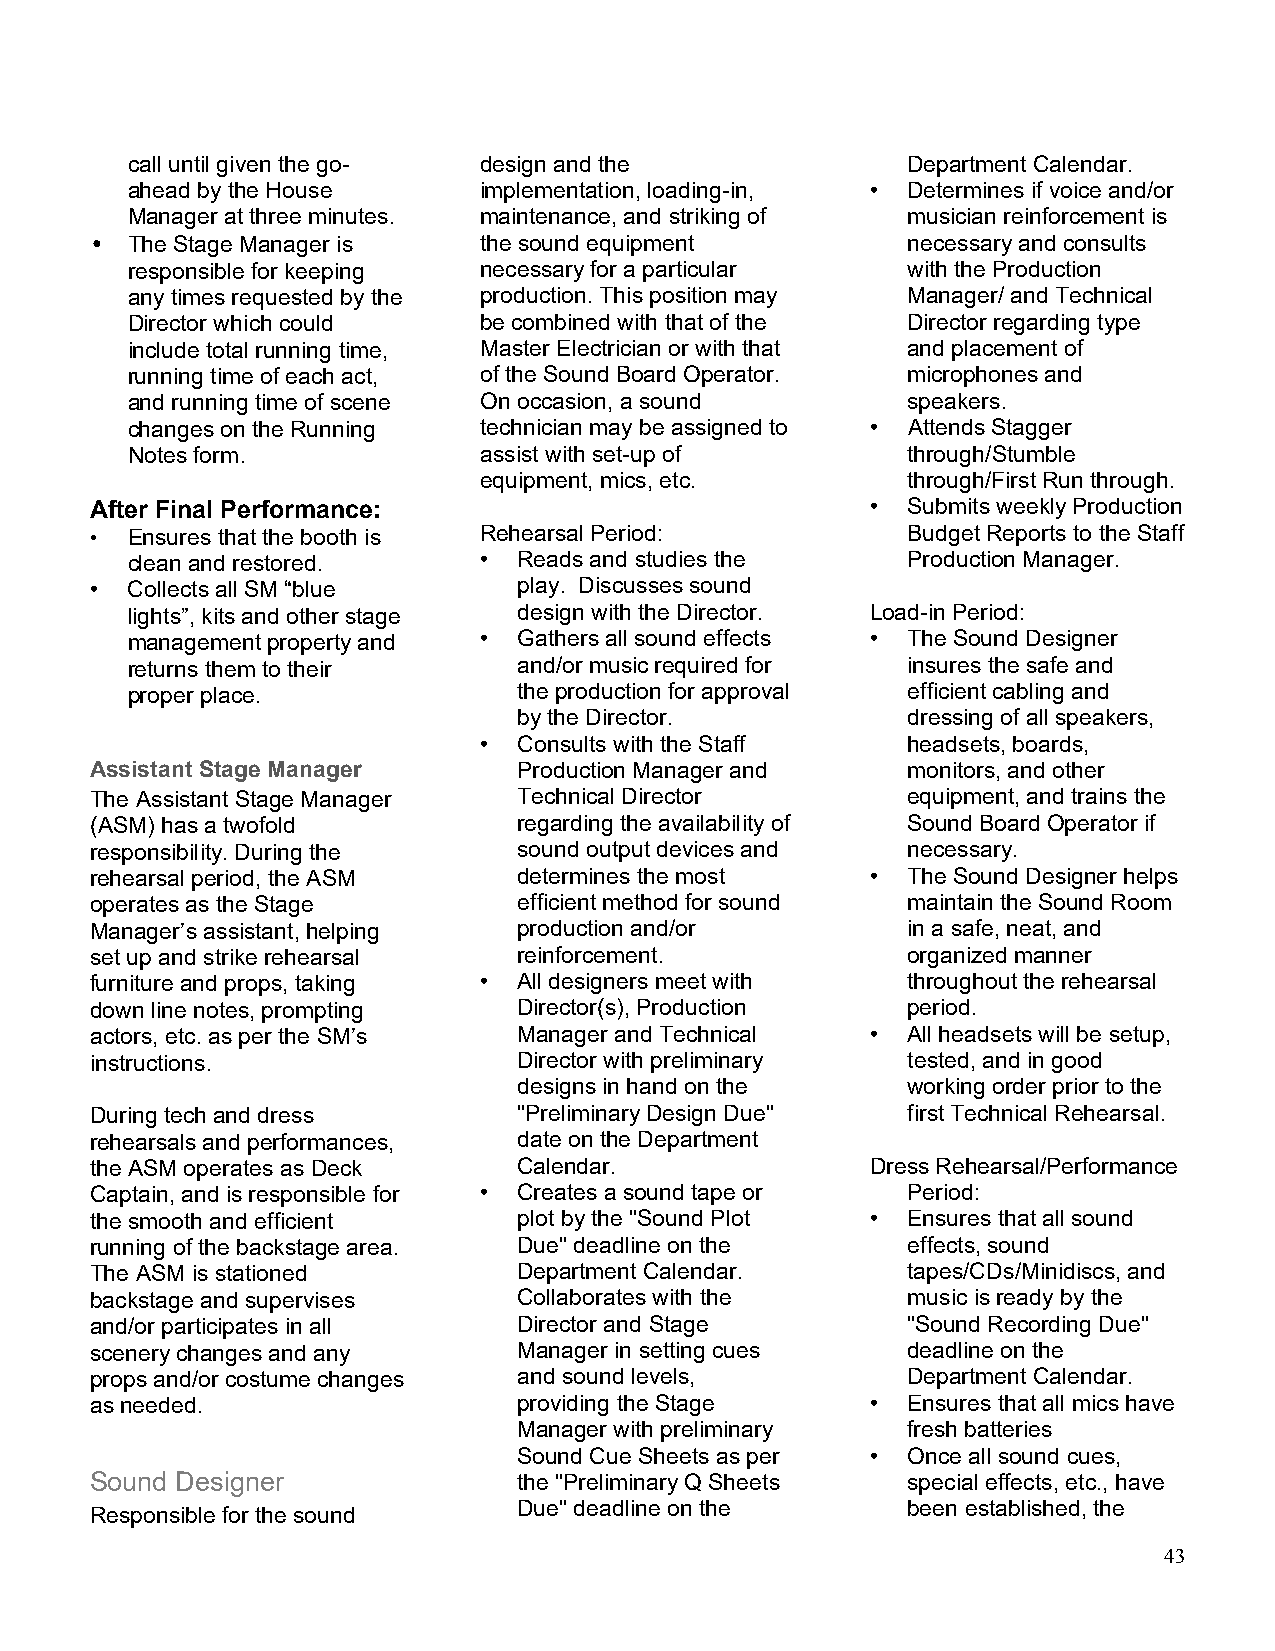
call until given the go- design and the             Department Calendar.
 ahead by the House      implementation, loading-in, • Determines if voice and/or
 Manager at three minutes. maintenance, and striking of musician reinforcement is
 • The Stage Manager is    the sound equipment         necessary and consults
 responsible for keeping necessary for a particular  with the Production
 any times requested by the production. This position may Manager/ and Technical
 Director which could    be combined with that of the Director regarding type
 include total running time, Master Electrician or with that and placement of
 running time of each act, of the Sound Board Operator. microphones and
 and running time of scene On occasion, a sound      speakers.
 changes on the Running  technician may be assigned to • Attends Stagger
 Notes form.             assist with set-up of       through/Stumble
 equipment, mics, etc.       through/First Run through.
 After Final Performance:                            • Submits weekly Production
 • Ensures that the booth is Rehearsal Period:         Budget Reports to the Staff
 clean and restored.     • Reads and studies the     Production Manager.
 • Collects all SM “blue     play. Discusses sound
 lights”, kits and other stage design with the Director. Load-in Period:
 management property and • Gathers all sound effects • The Sound Designer
 returns them to their     and/or music required for insures the safe and
 proper place.             the production for approval efficient cabling and
 by the Director.          dressing of all speakers,
 • Consults with the Staff   headsets, boards,
 Assistant Stage Manager     Production Manager and    monitors, and other
 The Assistant Stage Manager Technical Director        equipment, and trains the
 (ASM) has a twofold         regarding the availability of Sound Board Operator if
 responsibility. During the  sound output devices and  necessary.
 rehearsal period, the ASM   determines the most     • The Sound Designer helps
 operates as the Stage       efficient method for sound maintain the Sound Room
 Manager’s assistant, helping production and/or        in a safe, neat, and
 set up and strike rehearsal reinforcement.            organized manner
 furniture and props, taking • All designers meet with throughout the rehearsal
 down line notes, prompting  Director(s), Production   period.
 actors, etc. as per the SM’s Manager and Technical  • All headsets will be setup,
 instructions.               Director with preliminary tested, and in good
 designs in hand on the    working order prior to the
 During tech and dress       "Preliminary Design Due"  first Technical Rehearsal.
 rehearsals and performances, date on the Department
 the ASM operates as Deck    Calendar.               Dress Rehearsal/Performance
 Captain, and is responsible for • Creates a sound tape or Period:
 the smooth and efficient    plot by the "Sound Plot • Ensures that all sound
 running of the backstage area. Due" deadline on the   effects, sound
 The ASM is stationed        Department Calendar.      tapes/CDs/Minidiscs, and
 backstage and supervises    Collaborates with the     music is ready by the
 and/or participates in all  Director and Stage        "Sound Recording Due"
 scenery changes and any     Manager in setting cues   deadline on the
 props and/or costume changes and sound levels,        Department Calendar.
 as needed.                  providing the Stage     • Ensures that all mics have
 Manager with preliminary  fresh batteries
 Sound Cue Sheets as per • Once all sound cues,
 Sound Designer              the "Preliminary Q Sheets special effects, etc., have
 Due" deadline on the      been established, the
 Responsible for the sound
 43